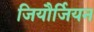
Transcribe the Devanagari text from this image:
जियौर्जियन